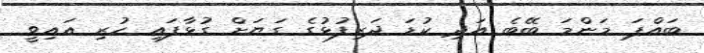
ބައްޕަ މަންމަ ބޭބެ އަދި ކުޑަ ދަރިފުޅުގެ ގަޔަށް ގުޅާފައި ހުރި އައިވީ